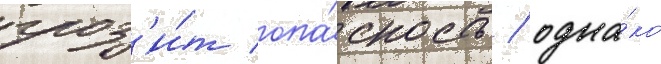
гроз'и́т опа́сность / одна́ко